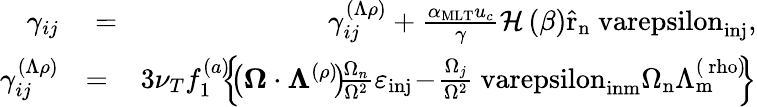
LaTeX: \begin{array}{rlr}{\gamma_{ij}}&{{}=}&{\gamma_{ij}^{(\Lambda\rho)}+\frac{\alpha_{\mathrm{MLT}}u_{c}}{\gamma}\mathcal{H}\left(\beta\right)\mathrm{\hat{r}_{n}\ varepsilon_{inj}},}\\ {\gamma_{ij}^{(\Lambda\rho)}}&{{}\! \! =\! \! }&{\! 3\nu_{T}f_{1}^{(a)}\! \! \! \left\{ \! \! \left(\mathbf{\boldsymbol{\Omega}}\cdot\boldsymbol{\Lambda}^{(\rho)}\! \right)\! \! \frac{\Omega_{n}}{\Omega^{2}}\varepsilon_{\mathrm{inj}}\! -\! \frac{\Omega_{j}}{\Omega^{2}}\mathrm{\ varepsilon_{inm}\Omega_{n}\Lambda_{m}^{(\ rho)}}\! \! \right\} }\end{array}